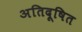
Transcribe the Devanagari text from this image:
अतिदूषित